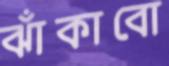
ঝাঁকাবো